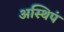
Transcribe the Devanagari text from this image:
अस्थिपं